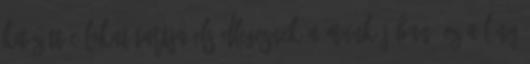
kitűzött célokat tartja elsődlegesnek a munkájában. ez a lány